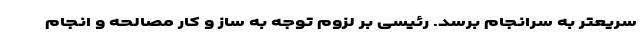
سریعتر به سرانجام برسد. رئیسی بر لزوم توجه به ساز و کار مصالحه و انجام